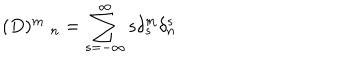
( D ) _ { \quad n } ^ { m } = \sum _ { s = - \infty } ^ { \infty } s \delta _ { s } ^ { m } \delta _ { n } ^ { s }